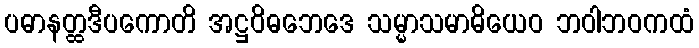
ပဓာနတ္ထဒီပကောတိ အဋ္ဌဝိဓဘေဒေ သမ္မာသမာဓိယေဝ ဘဝါဘဝကထံ